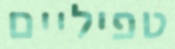
טפיליים